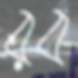
রব